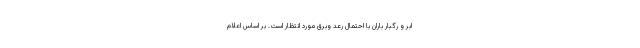
ابر و رگبار باران با احتمال رعد وبرق مورد انتظار است. بر اساس اعلام